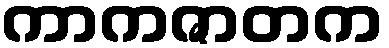
ကာကဇာတက